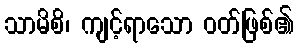
သာမိစိ၊ ကျင့်ရာသော ဝတ်ဖြစ်၏